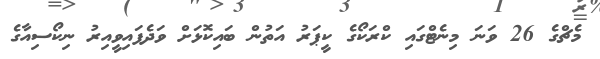
މެޗްގެ 26 ވަނަ މިނެޓްގައި ކްރަކޯގެ ކީޕަރު އަތުން ބައިކޮޅަށް ވަދެފައިވީއިރު ނިކޯސިއާގެ